Report on the cholera epidemic of
Year: 1868
Disease focus: Cholera
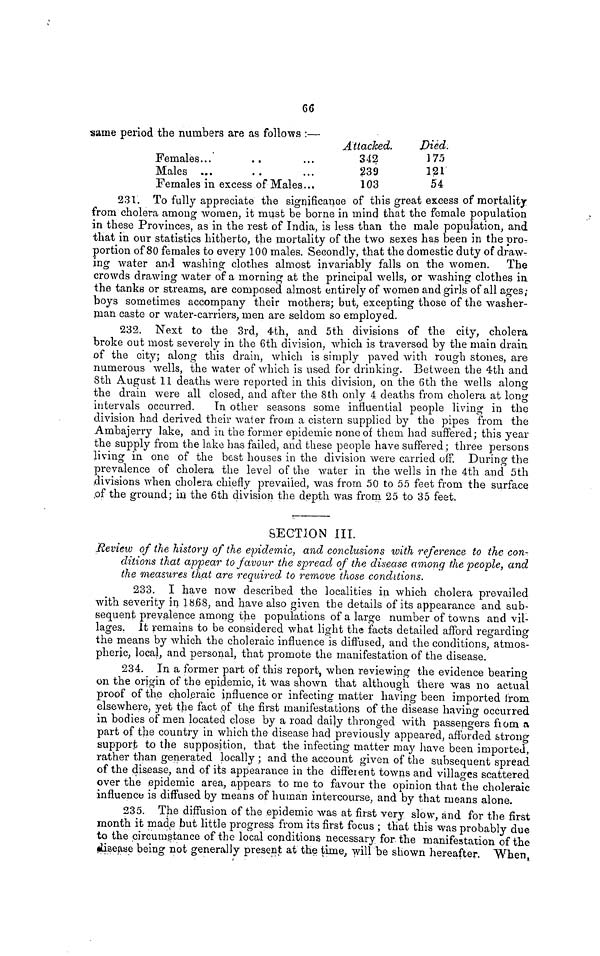
66
same period the numbers are as follows :—
Females... ..
Males ... ..
Females in excess of Males
...
...
...
Attacked.
342
239
103
Died.
175
121
54
231. To fully appreciate the significance of this great excess of mortality
from cholera among women, it must be borne in mind that the female population
in these Provinces, as in the rest of India, is less than the male population, and
that in our statistics hitherto, the mortality of the two sexes has been in the pro-
portion of 80 females to every 100 males. Secondly, that the domestic duty of draw-
ing water and washing clothes almost invariably falls on the women. The
crowds drawing water of a morning at the principal wells, or washing clothes in
the tanks or streams, are composed almost entirely of women and girls of all ages;
boys sometimes accompany their mothers; but, excepting those of the washer-
man caste or water-carriers, men are seldom so employed.
232. Next to the 3rd, 4th, and 5th divisions of the city, Cholera
broke out most severely in the 6th division, which is traversed by the main drain
of the city; along this drain, which is simply paved with rough stones, are
numerous wells, the water of which is used for drinking. Between the 4th and
8th August 11 deaths were reported in this division, on the 6th the wells along
the drain were all closed, and after the 8th only 4 deaths from cholera at long
intervals occurred. In other seasons some influential people living in the
division had derived their water from a cistern supplied by the pipes from the
Ambajerry lake, and in the former epidemic none of them had suffered; this year
the supply from the lake has failed, and these people have suffered; three persons
living in one of the best houses in the division were carried off. During the
prevalence of cholera the level of the water in the wells in the 4th and 5th
divisions when cholera chiefly prevailed, was from 50 to 55 feet from the surface
of the ground; in the 6th division the depth was from 25 to 35 feet.
SECTION III.
Review of the history of the epidemic, and conclusions with reference to the con-
ditions that appear to favour the spread of the disease among the people, and
the measures that are required to remove those conditions.
233. I have now described the localities in which cholera prevailed
with seventy in 18.68, and have also given the details of its appearance and sab-
sequent prevalence among the populations of a large number of towns and vil-
lages. It remains to be considered what light the facts detailed afford regarding
the means by which the choleraic influence is diffused, and the conditions, atmos-
pheric, local, and personal, that promote the manifestation of the disease.
234. In a former part of this report, when reviewing the evidence bearing
on the origin of the epidemic, it was shown that although there was no actual
proof of the choleraic influence or infecting matter having been imported from
elsewhere, yet the fact of the first manifestations of the disease having occurred
in bodies of men located close by a road daily thronged with passengers from a
part of the country in which the disease had previously appeared, afforded strong
support to the supposition, that the infecting matter may have been imported,
rather than generated locally ; and the account given of the subsequent spread
of the disease, and of its appearance in the different towns and villages scattered
over the epidemic area, appears to me to favour the opinion that the choleraic
influence is diffused by means of human intercourse, and by that means alone.
235. The diffusion of the epidemic was at first very slow, and for the first
month it made but little progress from its first focus ; that this was probably due
to the circumstance of the local conditions necessary for the manifestation of the
disease being not generally present at the time, will be shown hereafter. When